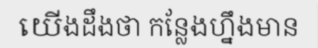
យើងដឹងថា កន្លែងហ្នឹងមាន